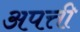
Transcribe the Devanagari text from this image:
अपत्ती